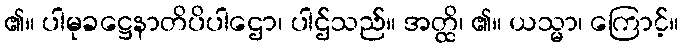
၏။ ပါမုခဋ္ဌေနာတိပိပါဌော၊ ပါဌ်သည်။ အတ္ထိ၊ ၏။ ယသ္မာ၊ ကြောင့်။